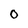
Character: 0